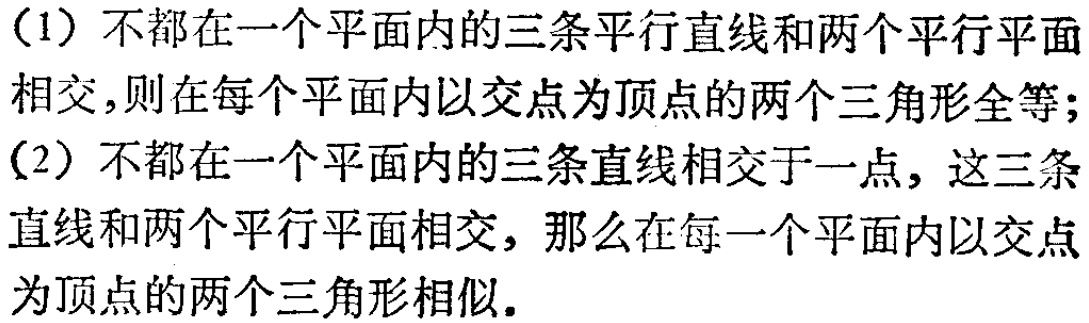
（1）不都在一个平面内的三条平行直线和两个平行平面相交，则在每个平面内以交点为顶点的两个三角形全等；
（2）不都在一个平面内的三条直线相交于一点，这三条直线和两个平行平面相交，那么在每一个平面内以交点为顶点的两个三角形相似.